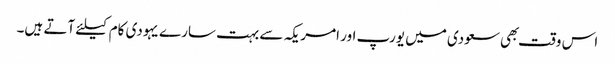
اس وقت بهی سعودی میں یورپ اور امریکہ سے بہت سارے یہودی کام کیلئے آتے ہیں۔